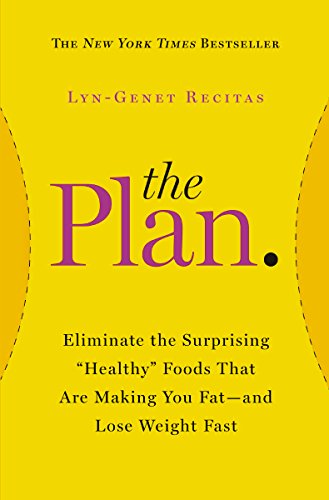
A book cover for The Plan: Eliminate the Surprising "Healthy" Foods That Are Making You Fat--and Lose Weight Fast (2014); Lyn-Genet Recitas; Health, Fitness & Dieting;